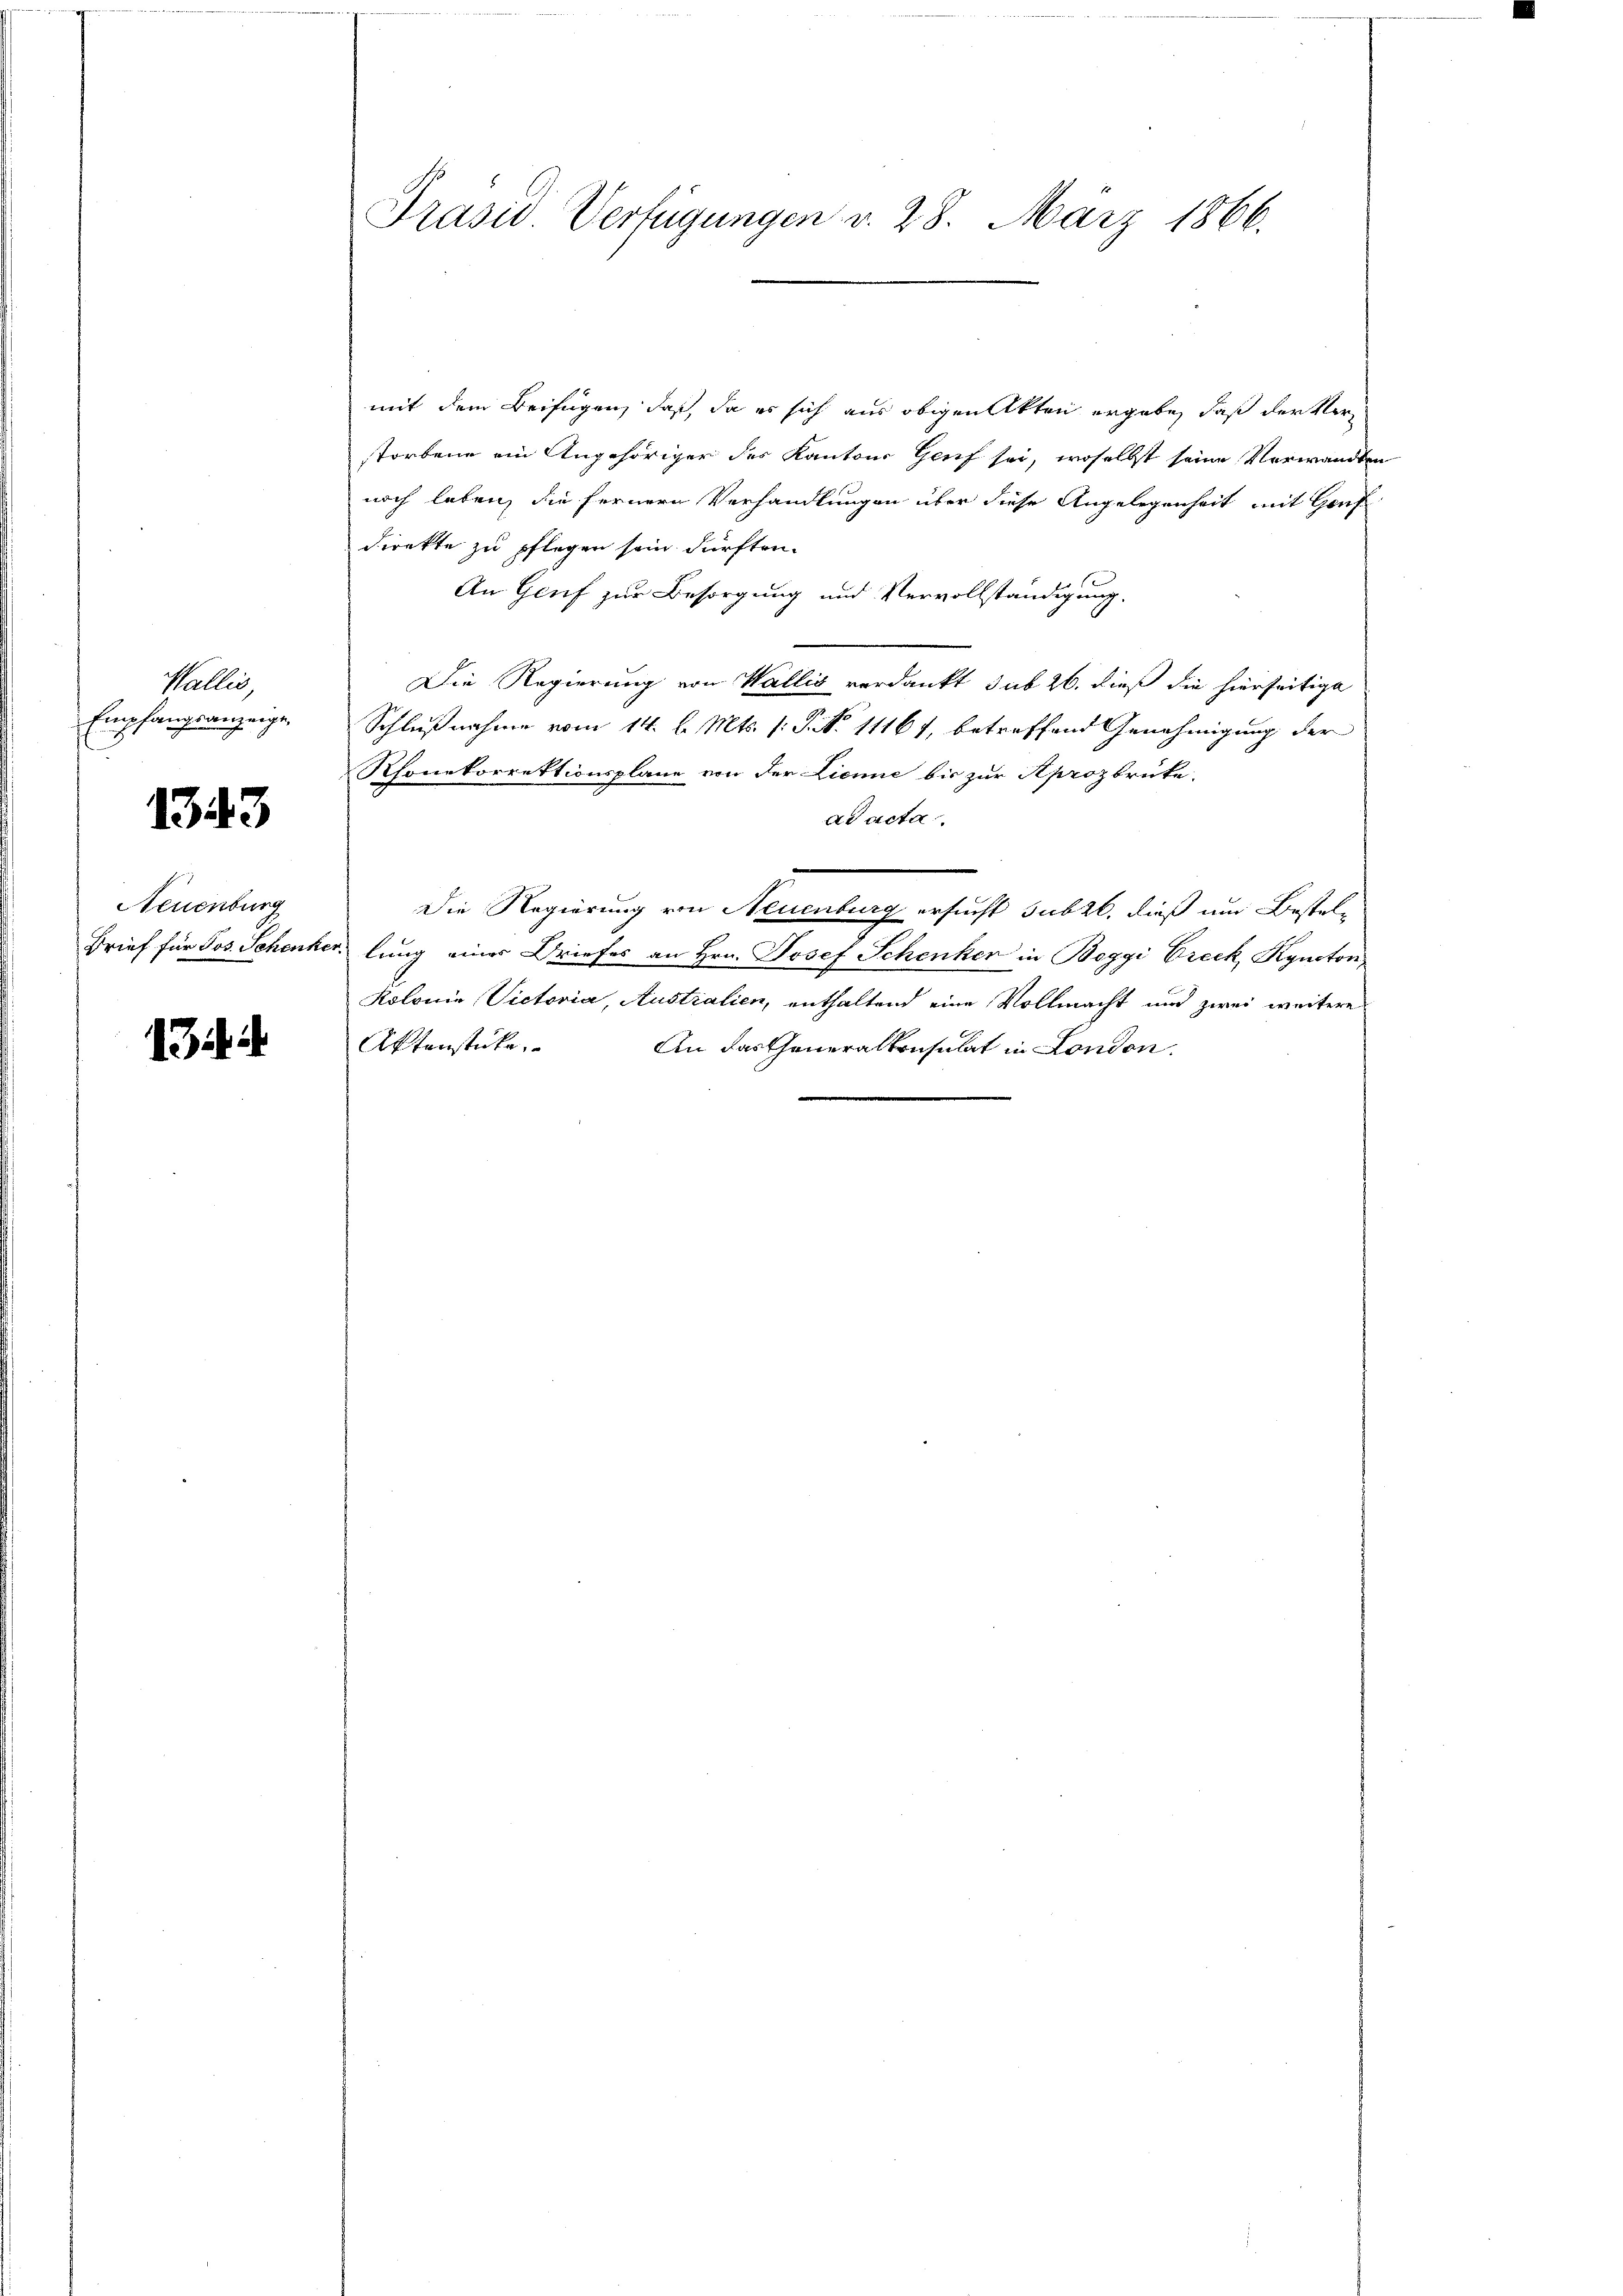
Wallis,
Empfangsanzeige,

1343

Neuenburg
Brief für Jos. Schenker

13

Präsid Verfügungen v. 28. März 1866.

mit dem Beifügen, daß, da es sich aus obigen Akten ergabe, daß der Verstorbene ein Angehöriger des Kantons Genf sei, woselbst seine Verwandten
noch leben, die fernern Verhandlungen über diese Angelegenheit mit Genf
direkte zu pflegen sein dürften.
An Genf zur Besorgung und Vervollständigung.
Die Regierung von Wallis verdankt sub 26. dieß die hierseitige
Schlußnahme vom 14. d. Mts. (: P. N. 11161, betreffend Genehmigung der
Rhonekorrektionsplane von der Lienne bis zur Aprozbrücke.
ad acta.
Die Regierung von Neuenburg ersucht subzt, dieß um Bestellung eines Briefes an Hrn. Josef Schenken in Boggi Vreck, Kyncton,
Kolonie Victoria, Australien, enthaltend eine Vollmacht und zwei weitere
Aktenstücke.
An das Generalkonsulat in London.